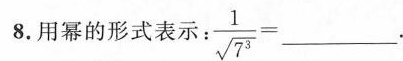
8.用幂的形式表示：$$\frac { 1 } { \sqrt { 7 ^ { 3 } } } = ___$$.